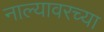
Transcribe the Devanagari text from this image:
नाल्यावरच्या